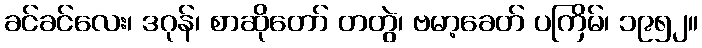
ခင်ခင်လေး၊ ဒဂုန်၊ စာဆိုတော် တတွဲ၊ ဗမာ့ခေတ် ပကြိမ်၊ ၁၉၅၂။